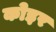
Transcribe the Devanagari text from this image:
कोइर